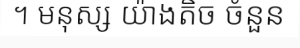
។ មនុស្ស យ៉ាងតិច ចំនួន